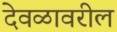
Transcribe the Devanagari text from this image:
देवळावरील